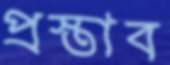
প্রস্তাব